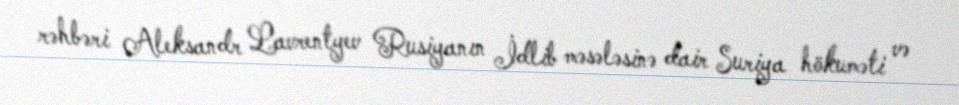
rəhbəri Aleksandr Lavrentyev Rusiyanın İdlib məsələsinə dair Suriya hökuməti və